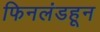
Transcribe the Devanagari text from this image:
फिनलंडहून